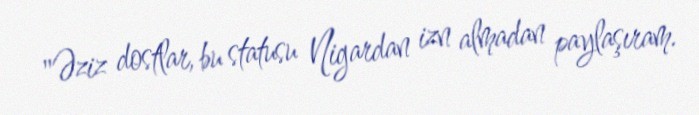
"Əziz dostlar, bu statusu Nigardan izn almadan paylaşıram.